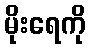
မိုးရေကို